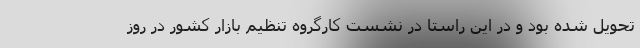
تحویل شده بود و در این راستا در نشست کارگروه تنظیم بازار کشور در روز